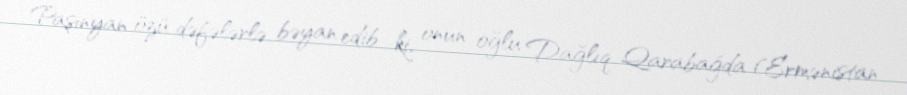
Paşinyan özü dəfələrlə bəyan edib ki, onun oğlu Dağlıq Qarabağda (Ermənistan